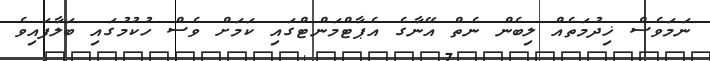
ނަމަވެސް ޚިދުމަތެއް ލިބެން ނެތް އޭނާގެ އެޕާޓްމަންޓްގައި ކަމަށް ވެސް ހުކުމުގައި ބަލާފައިވެ